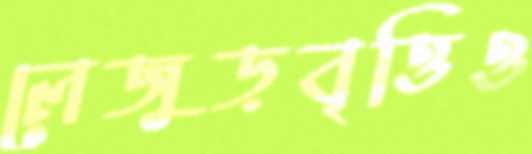
লেজুড়বৃত্তিও